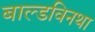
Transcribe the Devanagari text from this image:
बाल्डविनथा